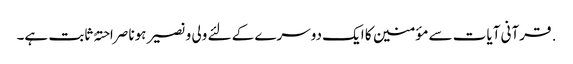
. قرآنی آیات سے مؤمنین کا ایک دوسرے کے لئے ولی و نصیر ہونا صراحتہً ثابت ہے۔